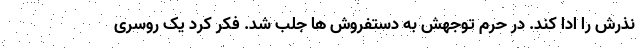
نذرش را ادا کند. در حرم توجهش به دستفروش ها جلب شد. فکر کرد یک روسری